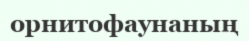
орнитофаунаның